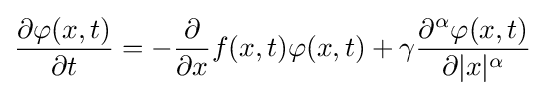
{\frac {\partial \varphi (x,t)}{\partial t}}=-{\frac {\partial }{\partial x}}f(x,t)\varphi (x,t)+\gamma {\frac {\partial ^{\alpha }\varphi (x,t)}{\partial |x|^{\alpha }}}